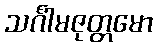
သင်္ဂါမဇုတ္တမော